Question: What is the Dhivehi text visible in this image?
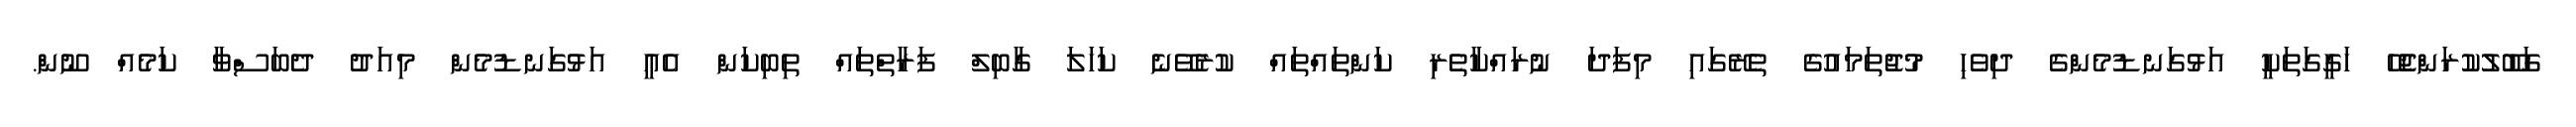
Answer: ގަބޫލުކުރަންޖެހޭ ހަގީގަތަކީ އަޅުގަނޑުމެންގެ ދިވެހި މުޖުތަމައުގެ ތެރޭގައި މިފަދަ ނުރައްކާތެރި ކަންތައްތައް ކުރެވޭނެ ކަހަލަ ގާބިލް ފަރާތްތައް ތިބިކަން އެއީ އަޅުގަނޑުމެން މިއަދު ދެބަސްވާ ކަމެއް ނޫން.